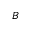
B